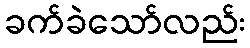
ခက်ခဲသော်လည်း